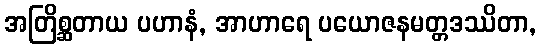
အတြိစ္ဆတာယ ပဟာနံ, အာဟာရေ ပယောဇနမတ္တဒဿိတာ,